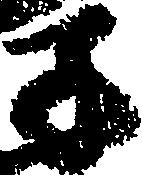
子